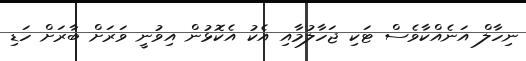
ނިހާލް އަނެއްކާވެސް ޓަކި ޖަހާލުމާއި އެކު އެކޮޅުން އިވުނީ ވަރަށް ބާރަށް ހަޑި